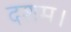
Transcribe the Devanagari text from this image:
दशम।